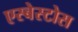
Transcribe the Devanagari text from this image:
एस्बेस्टोस